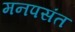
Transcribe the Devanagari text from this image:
मनपसंत